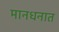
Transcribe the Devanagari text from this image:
मानधनात